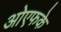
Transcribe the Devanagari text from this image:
ओएफके